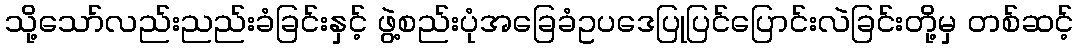
သို့သော်လည်းညည်းခံခြင်းနှင့် ဖွဲ့စည်းပုံအခြေခံဥပဒေပြုပြင်ပြောင်းလဲခြင်းတို့မှ တစ်ဆင့်